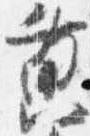
黄